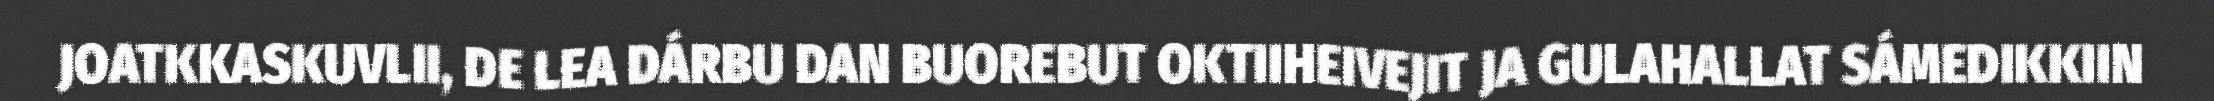
JOATKKASKUVLII, DE LEA DÁRBU DAN BUOREBUT OKTIIHEIVEJIT JA GULAHALLAT SÁMEDIKKIIN